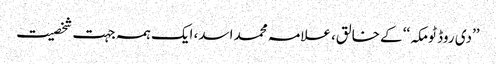
’’دی روڈ ٹومکہ‘‘ کے خالق، علامہ محمد اسد، ایک ہمہ جہت شخصیت